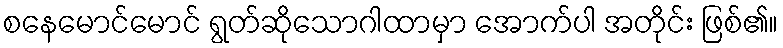
စနေမောင်မောင် ရွတ်ဆိုသောဂါထာမှာ အောက်ပါ အတိုင်း ဖြစ်၏။